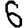
Digit: 6